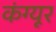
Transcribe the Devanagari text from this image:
कंग्‍यूर